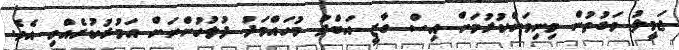
ޖަމީލު ވަގުތުން މިނިވަންކުރުމަށް އިސް ގާޒީ އަބްދު މުހައްމަދު ފުލުހުންނަށް އަމުރުކުރެއްވި އެވެ.